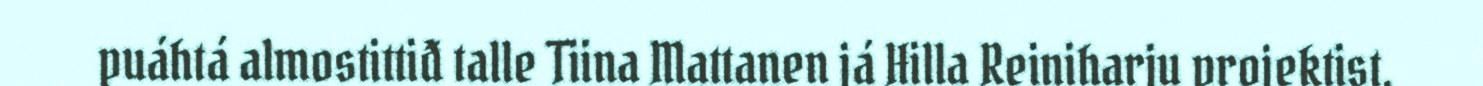
puáhtá almostittiđ talle Tiina Mattanen já Hilla Reiniharju projektist,